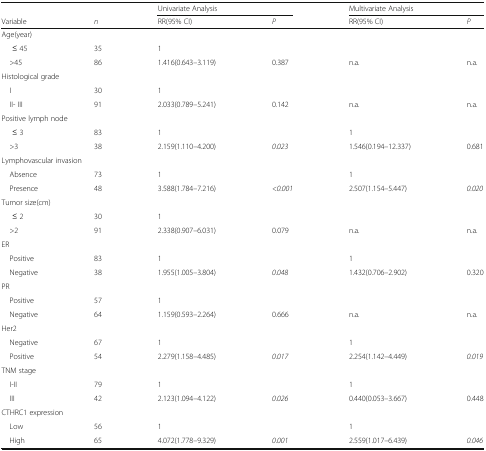
<table><thead><tr><td></td><td></td><td colspan="2"><b>Univariate Analysis</b></td><td colspan="2"><b>Multivariate Analysis</b></td></tr><tr><td><b>Variable</b></td><td><b><i>n</i></b></td><td><b>RR(95% CI)</b></td><td><b><i>P</i></b></td><td><b>RR(95% CI)</b></td><td><b><i>P</i></b></td></tr></thead><tbody><tr><td colspan="6">Age(year)</td></tr><tr><td>≤ 45</td><td>35</td><td>1</td><td></td><td></td><td></td></tr><tr><td> &gt;45</td><td>86</td><td>1.416(0.643–3.119)</td><td>0.387</td><td>n.a.</td><td>n.a.</td></tr><tr><td colspan="6">Histological grade</td></tr><tr><td> I</td><td>30</td><td>1</td><td></td><td></td><td></td></tr><tr><td> II- III</td><td>91</td><td>2.033(0.789–5.241)</td><td>0.142</td><td>n.a.</td><td>n.a.</td></tr><tr><td colspan="6">Positive lymph node</td></tr><tr><td>≤ 3</td><td>83</td><td>1</td><td></td><td>1</td><td></td></tr><tr><td> &gt;3</td><td>38</td><td>2.159(1.110–4.200)</td><td><i>0.023</i></td><td>1.546(0.194–12.337)</td><td>0.681</td></tr><tr><td colspan="6">Lymphovascular invasion</td></tr><tr><td> Absence</td><td>73</td><td>1</td><td></td><td>1</td><td></td></tr><tr><td> Presence</td><td>48</td><td>3.588(1.784–7.216)</td><td><i>&lt;0.001</i></td><td>2.507(1.154–5.447)</td><td><i>0.020</i></td></tr><tr><td colspan="6">Tumor size(cm)</td></tr><tr><td>≤ 2</td><td>30</td><td>1</td><td></td><td></td><td></td></tr><tr><td> &gt;2</td><td>91</td><td>2.338(0.907–6.031)</td><td>0.079</td><td>n.a.</td><td>n.a.</td></tr><tr><td colspan="6">ER</td></tr><tr><td> Positive</td><td>83</td><td>1</td><td></td><td>1</td><td></td></tr><tr><td> Negative</td><td>38</td><td>1.955(1.005–3.804)</td><td><i>0.048</i></td><td>1.432(0.706–2.902)</td><td>0.320</td></tr><tr><td colspan="6">PR</td></tr><tr><td> Positive</td><td>57</td><td>1</td><td></td><td></td><td></td></tr><tr><td> Negative</td><td>64</td><td>1.159(0.593–2.264)</td><td>0.666</td><td>n.a.</td><td>n.a.</td></tr><tr><td colspan="6">Her2</td></tr><tr><td> Negative</td><td>67</td><td>1</td><td></td><td>1</td><td></td></tr><tr><td> Positive</td><td>54</td><td>2.279(1.158–4.485)</td><td><i>0.017</i></td><td>2.254(1.142–4.449)</td><td><i>0.019</i></td></tr><tr><td colspan="6">TNM stage</td></tr><tr><td> I-II</td><td>79</td><td>1</td><td></td><td>1</td><td></td></tr><tr><td> III</td><td>42</td><td>2.123(1.094–4.122)</td><td><i>0.026</i></td><td>0.440(0.053–3.667)</td><td>0.448</td></tr><tr><td colspan="6">CTHRC1 expression</td></tr><tr><td> Low</td><td>56</td><td>1</td><td></td><td>1</td><td></td></tr><tr><td> High</td><td>65</td><td>4.072(1.778–9.329)</td><td><i>0.001</i></td><td>2.559(1.017–6.439)</td><td><i>0.046</i></td></tr></tbody></table>